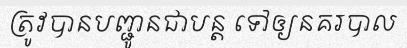
ត្រូវបានបញ្ជូនជាបន្ត ទៅឲ្យនគរបាល